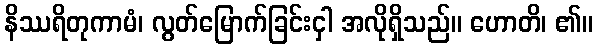
နိဿရိတုကာမံ၊ လွတ်မြောက်ခြင်းငှါ အလိုရှိသည်။ ဟောတိ၊ ၏။